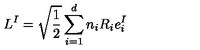
L ^ { I } = \sqrt \frac { 1 } { 2 } \sum _ { i = 1 } ^ { d } n _ { i } R _ { i } e _ { i } ^ { I }